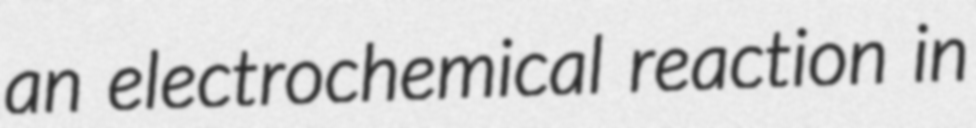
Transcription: an electrochemical reaction in